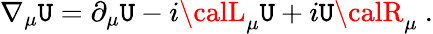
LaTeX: \nabla_{\mu}\mathtt{U}=\partial_{\mu}\mathtt{U}-i{\calL}_{\mu}\mathtt{U}+i\mathtt{U}{\calR}_{\mu}\ .